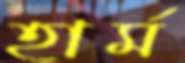
হার্ম